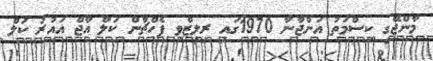
މާންޖޭގީ ކިސްމަތު އަންޖާނާ 1970ގައި ރިލީޒްވި ޕެހްޗާން ކަލް އާޖް އައުރު ކަލް